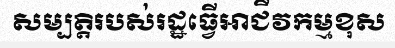
សម្បត្តិរបស់រដ្ឋធ្វើអាជីវកម្មខុស